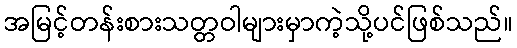
အမြင့်တန်းစားသတ္တဝါများမှာကဲ့သို့ပင်ဖြစ်သည်။